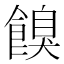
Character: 𩝠